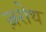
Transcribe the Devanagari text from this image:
ज़रोथ